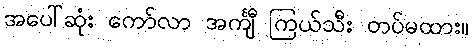
အပေါ်ဆုံး ကော်လာ အင်္ကျီ ကြယ်သီး တပ်မထား။